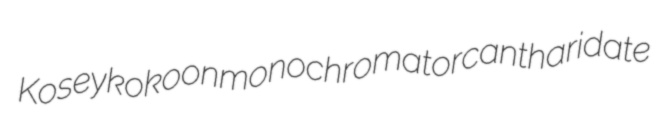
Kosey kokoon monochromator cantharidate